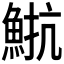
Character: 𩷠